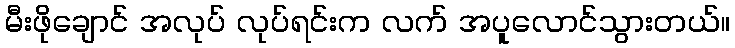
မီးဖိုချောင် အလုပ် လုပ်ရင်းက လက် အပူလောင်သွားတယ်။